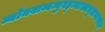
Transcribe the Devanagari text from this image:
व्योमवाय्वम्बुवह्न्याख्यभूतान्यासीत्